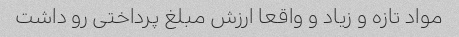
مواد تازه و زیاد و واقعا ارزش مبلغ پرداختی رو داشت